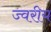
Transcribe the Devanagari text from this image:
ज्वरीय